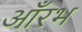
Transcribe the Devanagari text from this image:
आँरभ